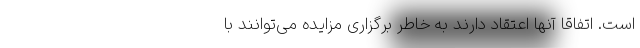
است. اتفاقا آنها اعتقاد دارند به خاطر برگزاری مزایده می‌توانند با